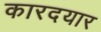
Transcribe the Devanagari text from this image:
कारदयार